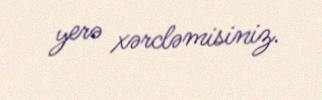
yerə xərcləmisiniz.